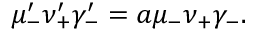
\mu _ { - } ^ { \prime } \nu _ { + } ^ { \prime } \gamma _ { - } ^ { \prime } = a \mu _ { - } \nu _ { + } \gamma _ { - } .